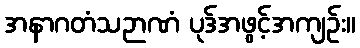
အနာဂတံသဉာဏံ ပုဒ်အဖွင့်အကျဉ်း။